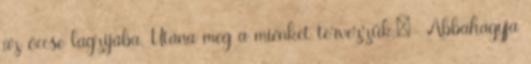
az öccse lagzijába. Utána meg a miénket tervezzük.:- Abbahagyja